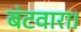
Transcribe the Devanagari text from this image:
बंटवारा।